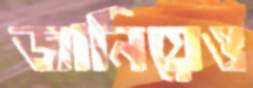
জানিয়েও